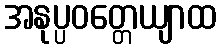
အနုပ္ပဝတ္တေယျာထ